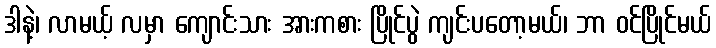
ဒါနဲ့၊ လာမယ့် လမှာ ကျောင်းသား အားကစား ပြိုင်ပွဲ ကျင်းပတော့မယ်၊ ဘာ ဝင်ပြိုင်မယ်